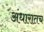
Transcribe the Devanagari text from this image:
अंधारातच